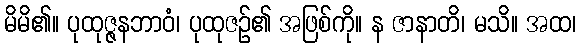
မိမိ၏။ ပုထုဇ္ဇနဘာဝံ၊ ပုထုဇဉ်၏ အဖြစ်ကို။ န ဇာနာတိ၊ မသိ။ အထ၊